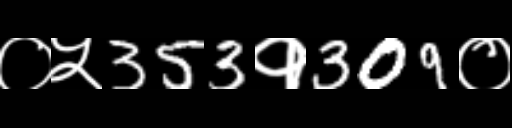
Text: ०५353१309०